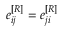
e _ { i j } ^ { [ R ] } = e _ { j i } ^ { [ R ] }